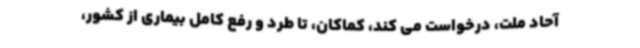
آحاد ملت، درخواست می کند، کماکان، تا طرد و رفع کامل بیماری از کشور،